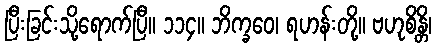
ပြီးခြင်းသို့ရောက်ပြီ။ ၁၁၄။ ဘိက္ခဝေ၊ ရဟန်းတို့။ ဗဟုစိန္တိ၊